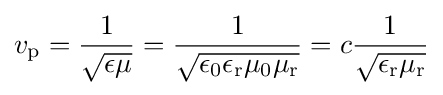
v_{\text{p}}={1 \over {\sqrt {\epsilon \mu }}}={1 \over {\sqrt {\epsilon _{\text{0}}\epsilon _{\text{r}}\mu _{\text{0}}\mu _{\text{r}}}}}=c{1 \over {\sqrt {\epsilon _{\text{r}}\mu _{\text{r}}}}}